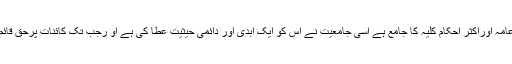
قرآن کریم شریعت کے قواعد عامہ اوراکثر احکام کلیہ کا جامع ہے اسی جامعیت نے اس کو ایک ابدی اور دائمی حیثیت عطا کی ہے او رجب تک کائنات پرحق قائم ہے وہ بھی قائم ودائم رہے گا۔